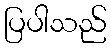
ပြပါသည်